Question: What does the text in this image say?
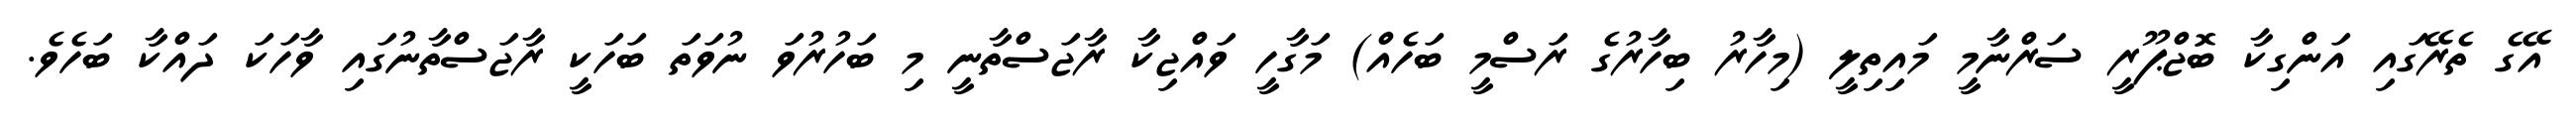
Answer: އޭގެ ތެރޭގައި އަންގިކާ ބޮޖްޕޫރީ ސަރްނާމީ މައިތިލީ (މިހާރު ބިހާރުގެ ރަސްމީ ބަހެއް) މަގާހީ ވައްޖިކާ ރާޖަސްތާނީ މި ބަހުރުވަ ނުވަތަ ބަހަކީ ރާޖަސްތާނުގައި ވާހަކަ ދައްކާ ބަހެވެ.